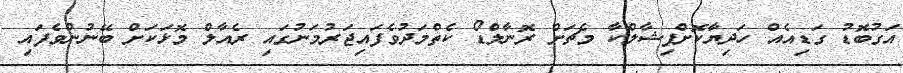
އަގުބޮޑު ގަޑިއެއް ހަދިޔާކޮށްފިޝާލްކާ މެޗަށް ރޮނާލްޑޯ ކެތްމަދުވެފައިޖަރުމަނުގައި ރެއާލް މޮޅަކަށް ބޭނުންވެފައި